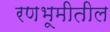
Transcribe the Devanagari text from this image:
रणभूमीतील